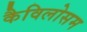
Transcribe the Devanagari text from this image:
कैविलोसम